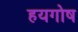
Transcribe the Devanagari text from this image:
हयगोष